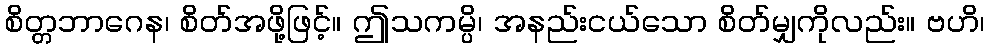
စိတ္တဘာဂေန၊ စိတ်အဖို့ဖြင့်။ ဤသကမ္ပိ၊ အနည်းငယ်သော စိတ်မျှကိုလည်း။ ဗဟိ၊